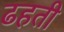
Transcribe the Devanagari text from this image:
ढहती